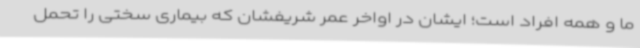
ما و همه افراد است؛ ایشان در اواخر عمر شریفشان که بیماری سختی را تحمل